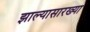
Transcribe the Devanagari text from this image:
झाल्यासारख्या